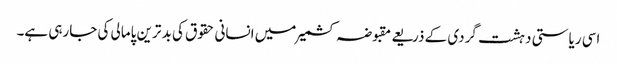
اسی ریاستی دہشت گردی کے ذریعے مقبوضہ کشمیر میں انسانی حقوق کی بد ترین پامالی کی جارہی ہے۔